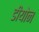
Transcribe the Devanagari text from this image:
डीयोन